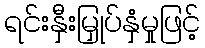
ရင်းနှီးမြှုပ်နှံမှုဖြင့်